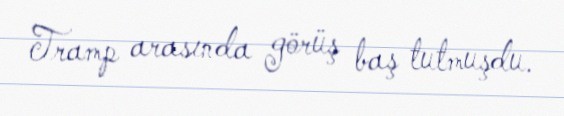
Tramp arasında görüş baş tutmuşdu.